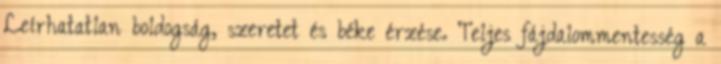
Leírhatatlan boldogság, szeretet és béke érzése. Teljes fájdalommentesség a